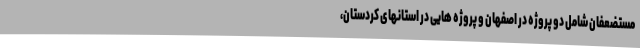
مستضعفان شامل دو پروژه در اصفهان و پروژه هایی در استانهای کردستان،